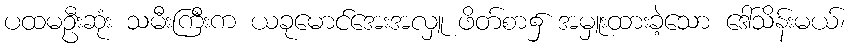
ပထမဦးဆုံး သမီးကြီးက ယခုမောင်အေးအလှူ ဖိတ်စာ၌ အမှူးထားခဲ့သော ဒေါ်သိန်းမယ်၊